Civil Veterinary Department. Madras. Admin. report 1926-33 - 1926-1933
Year: 1926
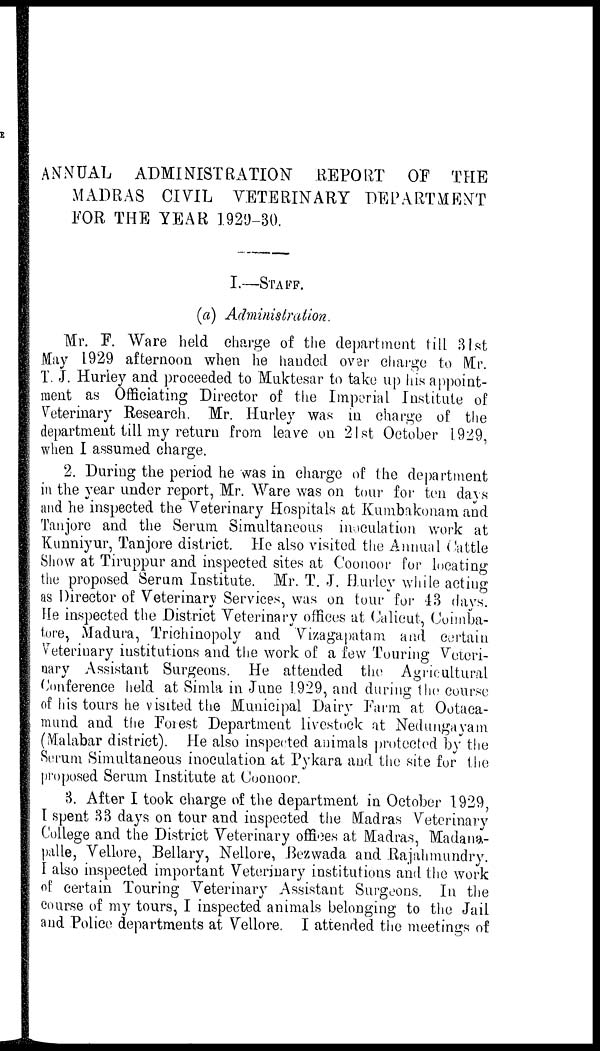
ANNUAL ADMINISTRATION
REPORT OF THE
MADRAS CIVIL VETERINARY DEPARTMENT
FOR THE YEAR 1929-30.
I.—STAFF.
(a) Administration.
Mr. F. Ware held charge of the department till 31st
May 1929 afternoon when he handed over charge to Mr.
T. J. Hurley and proceeded to Muktesar to take up his appoint-
ment as Officiating Director of the Imperial Institute of
Veterinary Research. Mr. Hurley was in charge of the
department till my return from leave on 21st October 1929,
when I assumed charge.
2. During the period he was in charge of the department
in the year under report, Mr. Ware was on tour for ton days
and he inspected the Veterinary Hospitals at Kumbakonam and
Tanjore and the Serum Simultaneous inoculation work at
Kunniyur, Tanjore district. He also visited the Annual Cattle
Show at Tiruppur and inspected sites at Coonoor for locating
the proposed Serum Institute. Mr. T. J. Hurley while acting
as Director of Veterinary Services, was on tour for 43 days.
He inspected the District Veterinary offices at Calicut, Coimba-
tore, Madura, Trichinopoly and Vizagapatam and certain
Veterinary institutions and the work of a few Touring Veteri-
nary Assistant Surgeons. He attended the Agricultural
Conference held at Simla in June 1.929, and during the course
of his tours he visited the Municipal Dairy Farm at Ootaca-
mund and the Forest Department livestock at Nedungayam
(Malabar district). He also inspected animals protected by the
Serum Simultaneous inoculation at Pykara and the site for the
proposed Serum Institute at Coonoor.
3. After I took charge of the department in October 1929,
I spent 33 days on tour and inspected the Madras Veterinary
College and the District Veterinary offices at Madras, Madana-
palle, Vellore, Bellary, Nellore, Bezwada and Rajahmundry.
I also inspected important Veterinary institutions and the work
of certain Touring Veterinary Assistant Surgeons. In the
course of my tours, I inspected animals belonging to the Jail
and Police departments at Vellore. I attended the meetings of